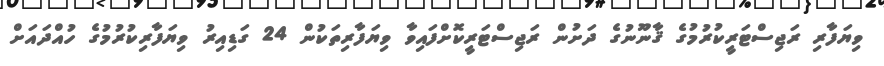
ވިޔަފާރި ރަޖިސްޓަރީކުރުމުގެ ޤާނޫނުގެ ދަށުން ރަޖިސްޓަރީކޮށްފައިވާ ވިޔަފާރިތަކުން 24 ގަޑިއިރު ވިޔަފާރިކުރުމުގެ ހުއްދައަށް